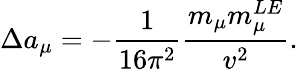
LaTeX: \Delta a_{\mu}=-\frac{1}{16\pi^{2}}\frac{m_{\mu}m_{\mu}^{LE}}{v^{2}}.